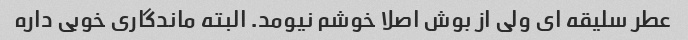
عطر سلیقه ای ولی از بوش اصلا خوشم نیومد. البته ماندگاری خوبی داره